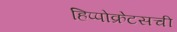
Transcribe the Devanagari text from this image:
हिप्पोक्रेटसची